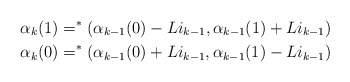
\begin{align*}\alpha_k(1) = ^*(\alpha_{k-1}(0)-Li_{k-1},\alpha_{k-1}(1)+Li_{k-1}) \\\alpha_k(0) = ^*(\alpha_{k-1}(0)+Li_{k-1},\alpha_{k-1}(1)-Li_{k-1}) \end{align*}